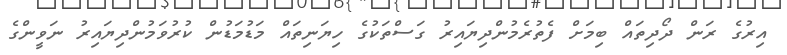
އިރުގެ ރަން ދޯދިތައް ބިމަށް ފެތުރެމުންދިޔައިރު ގަސްތަކުގެ ހިޔަނިތައް މަޑުމަޑުން ކުރުވަމުންދިޔައިރު ނަވީންގެ